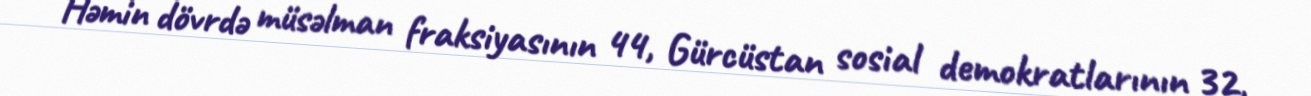
Həmin dövrdə müsəlman fraksiyasının 44, Gürcüstan sosial demokratlarının 32,